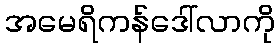
အမေရိကန်ဒေါ်လာကို